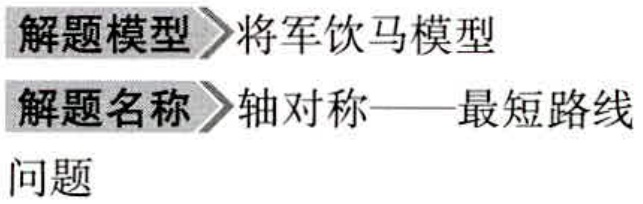
解题模型 \(\rhd\) 将军饮马模型

解题名称 \(\rhd\) 轴对称——最短路线

问题